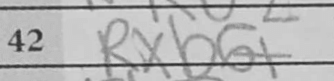
Transcription: Rxb6+